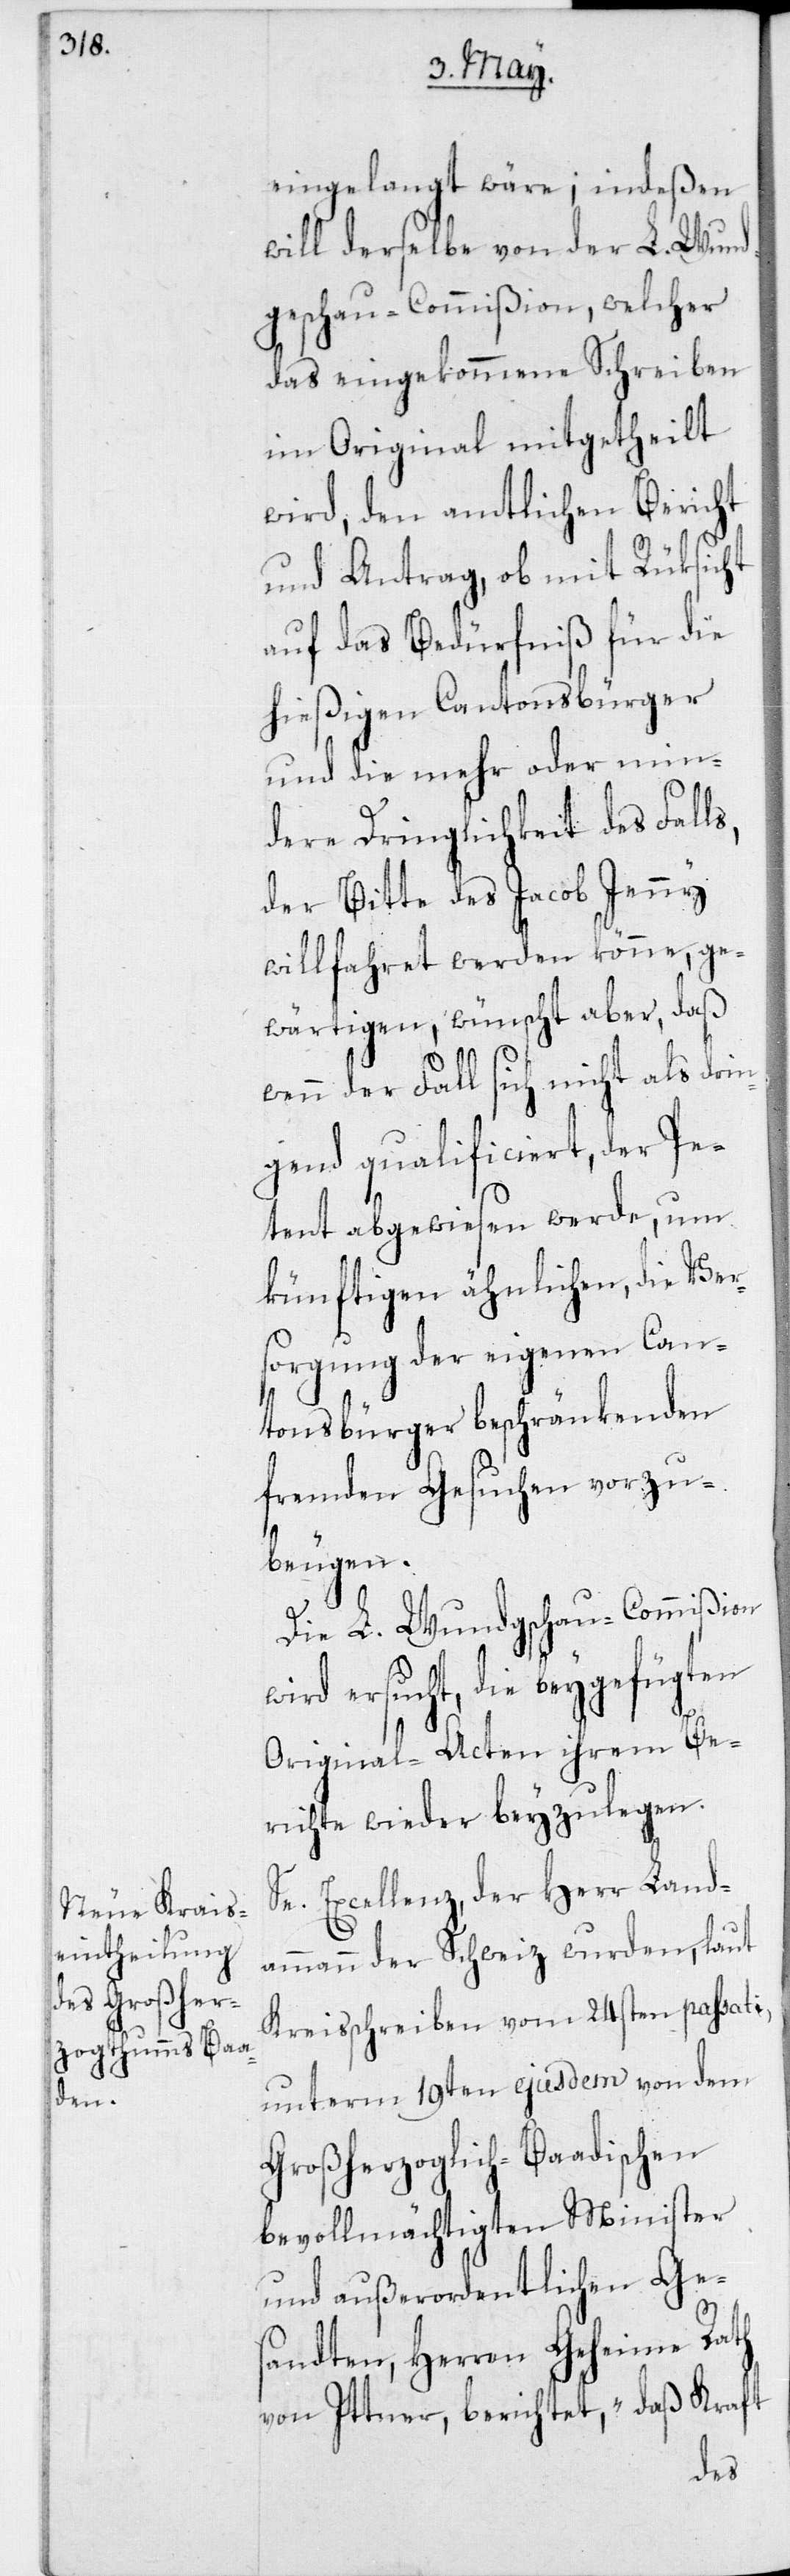
eingelangt wäre, indeßen
will derselbe von der L. Wun¬
dgschau-Commißion, welcher
das eingekommene Schreiben
im Original mitgetheilt
wird, den amtlichen Bericht
und Antrag, ob mit Rüksicht
auf das Bedürfniß für die
hießigen Cantonsbürger
und die mehr oder min¬
dere Dringlichkeit des Falls,
der Bitte des Jacob Jenny
willfahret werden könne, ge¬
wärtigen, wünscht aber, daß
wenn der Fall sich nicht als dri¬
ngend qualificiert, der Pe¬
tent abgewiesen werde, um
künftigen ähnlichen, die Ver¬
sorgung der eigenen Can¬
tonsbürger beschränkenden
fremden Gesuchen vorzu¬
beugen.
Die L. Wundgschau-Commißion
wird ersucht, die beygefügten
Original-Acten ihrem Be¬
richte wieder beyzulegen.
Se. Excellenz, der Herr Land¬
ammann der Schweiz wurden, laut
Kreisschreiben vom 24sten passati,
unterm 19ten ejusdem von dem
Großherzoglich-Baadischen
bevollmächtigten Minister
und außerordentlichen Ge¬
sandten, Herren Geheime Rath¬
von Ittner, berichtet: „Daß Kraft
h